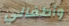
وأطفالي